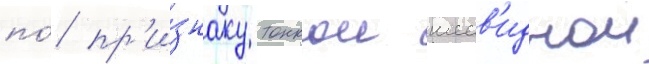
по́ пр'и́знаку тонкои шеев'иднои